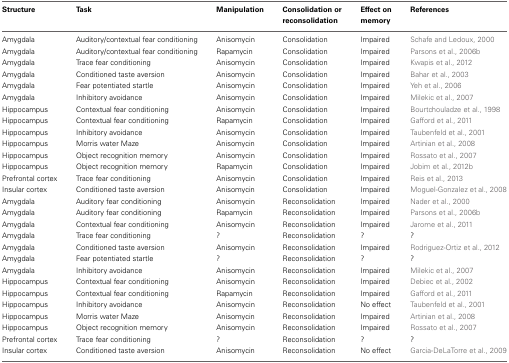
<table><thead><tr><td><b>Structure</b></td><td><b>Task</b></td><td><b>Manipulation</b></td><td><b>Consolidation or reconsolidation</b></td><td><b>Effect on memory</b></td><td><b>References</b></td></tr></thead><tbody><tr><td>Amygdala</td><td>Auditory/contextual fear conditioning</td><td>Anisomycin</td><td>Consolidation</td><td>Impaired</td><td>Schafe and Ledoux, 2000</td></tr><tr><td>Amygdala</td><td>Auditory/contextual fear conditioning</td><td>Rapamycin</td><td>Consolidation</td><td>Impaired</td><td>Parsons et al., 2006b</td></tr><tr><td>Amygdala</td><td>Trace fear conditioning</td><td>Anisomycin</td><td>Consolidation</td><td>Impaired</td><td>Kwapis et al., 2012</td></tr><tr><td>Amygdala</td><td>Conditioned taste aversion</td><td>Anisomycin</td><td>Consolidation</td><td>Impaired</td><td>Bahar et al., 2003</td></tr><tr><td>Amygdala</td><td>Fear potentiated startle</td><td>Anisomycin</td><td>Consolidation</td><td>Impaired</td><td>Yeh et al., 2006</td></tr><tr><td>Amygdala</td><td>Inhibitory avoidance</td><td>Anisomycin</td><td>Consolidation</td><td>Impaired</td><td>Milekic et al., 2007</td></tr><tr><td>Hippocampus</td><td>Contextual fear conditioning</td><td>Anisomycin</td><td>Consolidation</td><td>Impaired</td><td>Bourtchouladze et al., 1998</td></tr><tr><td>Hippocampus</td><td>Contextual fear conditioning</td><td>Rapamycin</td><td>Consolidation</td><td>Impaired</td><td>Gafford et al., 2011</td></tr><tr><td>Hippocampus</td><td>Inhibitory avoidance</td><td>Anisomycin</td><td>Consolidation</td><td>Impaired</td><td>Taubenfeld et al., 2001</td></tr><tr><td>Hippocampus</td><td>Morris water Maze</td><td>Anisomycin</td><td>Consolidation</td><td>Impaired</td><td>Artinian et al., 2008</td></tr><tr><td>Hippocampus</td><td>Object recognition memory</td><td>Anisomycin</td><td>Consolidation</td><td>Impaired</td><td>Rossato et al., 2007</td></tr><tr><td>Hippocampus</td><td>Object recognition memory</td><td>Rapamycin</td><td>Consolidation</td><td>Impaired</td><td>Jobim et al., 2012b</td></tr><tr><td>Prefrontal cortex</td><td>Trace fear conditioning</td><td>Anisomycin</td><td>Consolidation</td><td>Impaired</td><td>Reis et al., 2013</td></tr><tr><td>Insular cortex</td><td>Conditioned taste aversion</td><td>Anisomycin</td><td>Consolidation</td><td>Impaired</td><td>Moguel-Gonzalez et al., 2008</td></tr><tr><td>Amygdala</td><td>Auditory fear conditioning</td><td>Anisomycin</td><td>Reconsolidation</td><td>Impaired</td><td>Nader et al., 2000</td></tr><tr><td>Amygdala</td><td>Auditory fear conditioning</td><td>Rapamycin</td><td>Reconsolidation</td><td>Impaired</td><td>Parsons et al., 2006b</td></tr><tr><td>Amygdala</td><td>Contextual fear conditioning</td><td>Anisomycin</td><td>Reconsolidation</td><td>Impaired</td><td>Jarome et al., 2011</td></tr><tr><td>Amygdala</td><td>Trace fear conditioning</td><td>?</td><td>Reconsolidation</td><td>?</td><td>?</td></tr><tr><td>Amygdala</td><td>Conditioned taste aversion</td><td>Anisomycin</td><td>Reconsolidation</td><td>Impaired</td><td>Rodriguez-Ortiz et al., 2012</td></tr><tr><td>Amygdala</td><td>Fear potentiated startle</td><td>?</td><td>Reconsolidation</td><td>?</td><td>?</td></tr><tr><td>Amygdala</td><td>Inhibitory avoidance</td><td>Anisomycin</td><td>Reconsolidation</td><td>Impaired</td><td>Milekic et al., 2007</td></tr><tr><td>Hippocampus</td><td>Contextual fear conditioning</td><td>Anisomycin</td><td>Reconsolidation</td><td>Impaired</td><td>Debiec et al., 2002</td></tr><tr><td>Hippocampus</td><td>Contextual fear conditioning</td><td>Rapamycin</td><td>Reconsolidation</td><td>Impaired</td><td>Gafford et al., 2011</td></tr><tr><td>Hippocampus</td><td>Inhibitory avoidance</td><td>Anisomycin</td><td>Reconsolidation</td><td>No effect</td><td>Taubenfeld et al., 2001</td></tr><tr><td>Hippocampus</td><td>Morris water Maze</td><td>Anisomycin</td><td>Reconsolidation</td><td>Impaired</td><td>Artinian et al., 2008</td></tr><tr><td>Hippocampus</td><td>Object recognition memory</td><td>Anisomycin</td><td>Reconsolidation</td><td>Impaired</td><td>Rossato et al., 2007</td></tr><tr><td>Prefrontal cortex</td><td>Trace fear conditioning</td><td>?</td><td>Reconsolidation</td><td>?</td><td>?</td></tr><tr><td>Insular cortex</td><td>Conditioned taste aversion</td><td>Anisomycin</td><td>Reconsolidation</td><td>No effect</td><td>Garcia-DeLaTorre et al., 2009</td></tr></tbody></table>